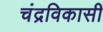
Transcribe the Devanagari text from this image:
चंद्रविकासी